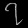
Digit: ၇